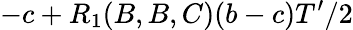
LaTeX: -c+R_{1}(B,B,C)(b-c)T^{\prime}/2